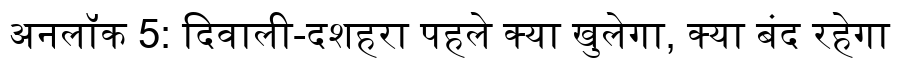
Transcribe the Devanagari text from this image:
अनलॉक 5: दिवाली-दशहरा पहले क्या खुलेगा, क्या बंद रहेगा